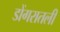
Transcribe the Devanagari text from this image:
डोंगरातली